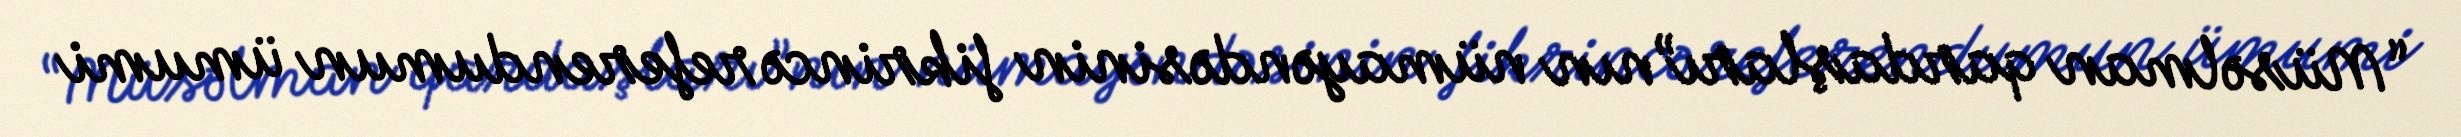
“Müsəlman qardaşları”nın nümayəndəsinin fikrincə referendumun ümumi